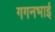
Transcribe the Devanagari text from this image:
गगनभाई